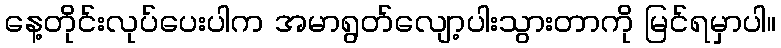
နေ့တိုင်းလုပ်ပေးပါက အမာရွတ်လျော့ပါးသွားတာကို မြင်ရမှာပါ။